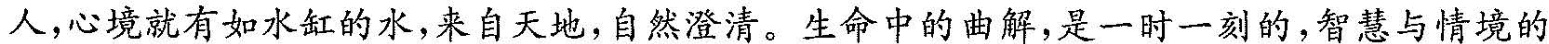
人，心境就有如水缸的水，来自天地，自然澄清。生命中的曲解，是一时一刻的，智慧与情境的